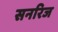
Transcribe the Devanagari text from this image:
सनरिज